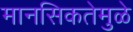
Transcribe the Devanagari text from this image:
मानसिकतेमुळे